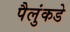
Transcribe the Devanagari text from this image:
पैलुंकडे